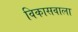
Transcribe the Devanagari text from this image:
विकासवाला